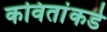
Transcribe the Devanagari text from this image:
कवितांकडे